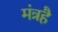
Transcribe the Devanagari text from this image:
मंत्रहै